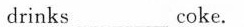
drinks ___ coke.